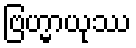
ဗြဟ္မာယုဿ